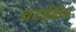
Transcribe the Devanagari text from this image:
चटईक्षेत्र